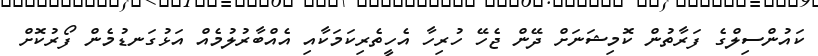
ކައުންސިލްގެ ފަރާތުން ކޮމިޝަނަށް ދޭން ޖެހޭ ހުރިހާ އެހީތެރިކަމަކާއި އެއްބާރުލުމެއް އަޅުގަނޑުމެން ފޯރުކޮށް